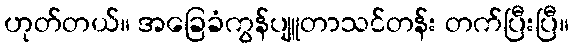
ဟုတ်တယ်။ အခြေခံကွန်ပျူတာသင်တန်း တက်ပြီးပြီ။